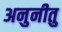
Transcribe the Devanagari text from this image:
अनुनीतु